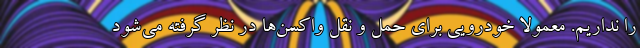
را نداریم. معمولا خودرویی برای حمل و نقل واکسن‌ها در نظر گرفته می‌شود